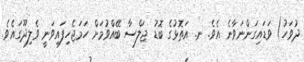
ދުވަހު) ވަޑައިގަންނަވާނެ އެވެ. ނ. އަތޮޅުގެ ބޮޑު ޖަލްސާ ބޭއްވުމަށް ހަމަޖެހިފައިވަނީ ވެލިދޫގައެވެ.